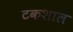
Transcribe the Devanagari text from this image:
टकशाल